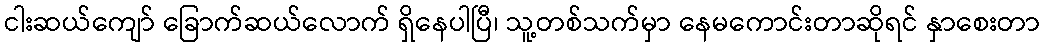
ငါးဆယ်ကျော် ခြောက်ဆယ်လောက် ရှိနေပါပြီ၊ သူ့တစ်သက်မှာ နေမကောင်းတာဆိုရင် နှာစေးတာ